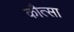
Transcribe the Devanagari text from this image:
कौत्सा